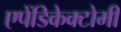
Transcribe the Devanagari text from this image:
एपेंडिकेक्टोमी